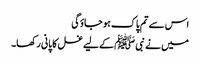
اس سے تم پاک ہو جاؤگی
میں نے نبی ﷺ کے لیے غسل کا پانی رکھا۔